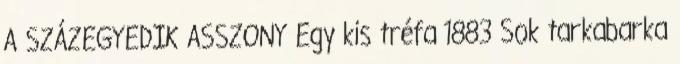
A SZÁZEGYEDIK ASSZONY Egy kis tréfa 1883 Sok tarkabarka